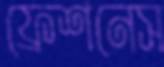
ফ্রেশনেস